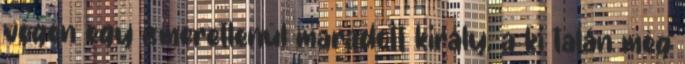
végén egy ismeretlenül maradott király, a ki talán még